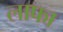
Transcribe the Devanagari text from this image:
लाफा